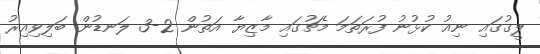
ލީގުގައި ނިއު ކުޅުނު ފުރަތަމަ މެޗުގައި މާޒިޔާ އަތުން 2-3 ލަނޑުން ބަލިވިއިރު